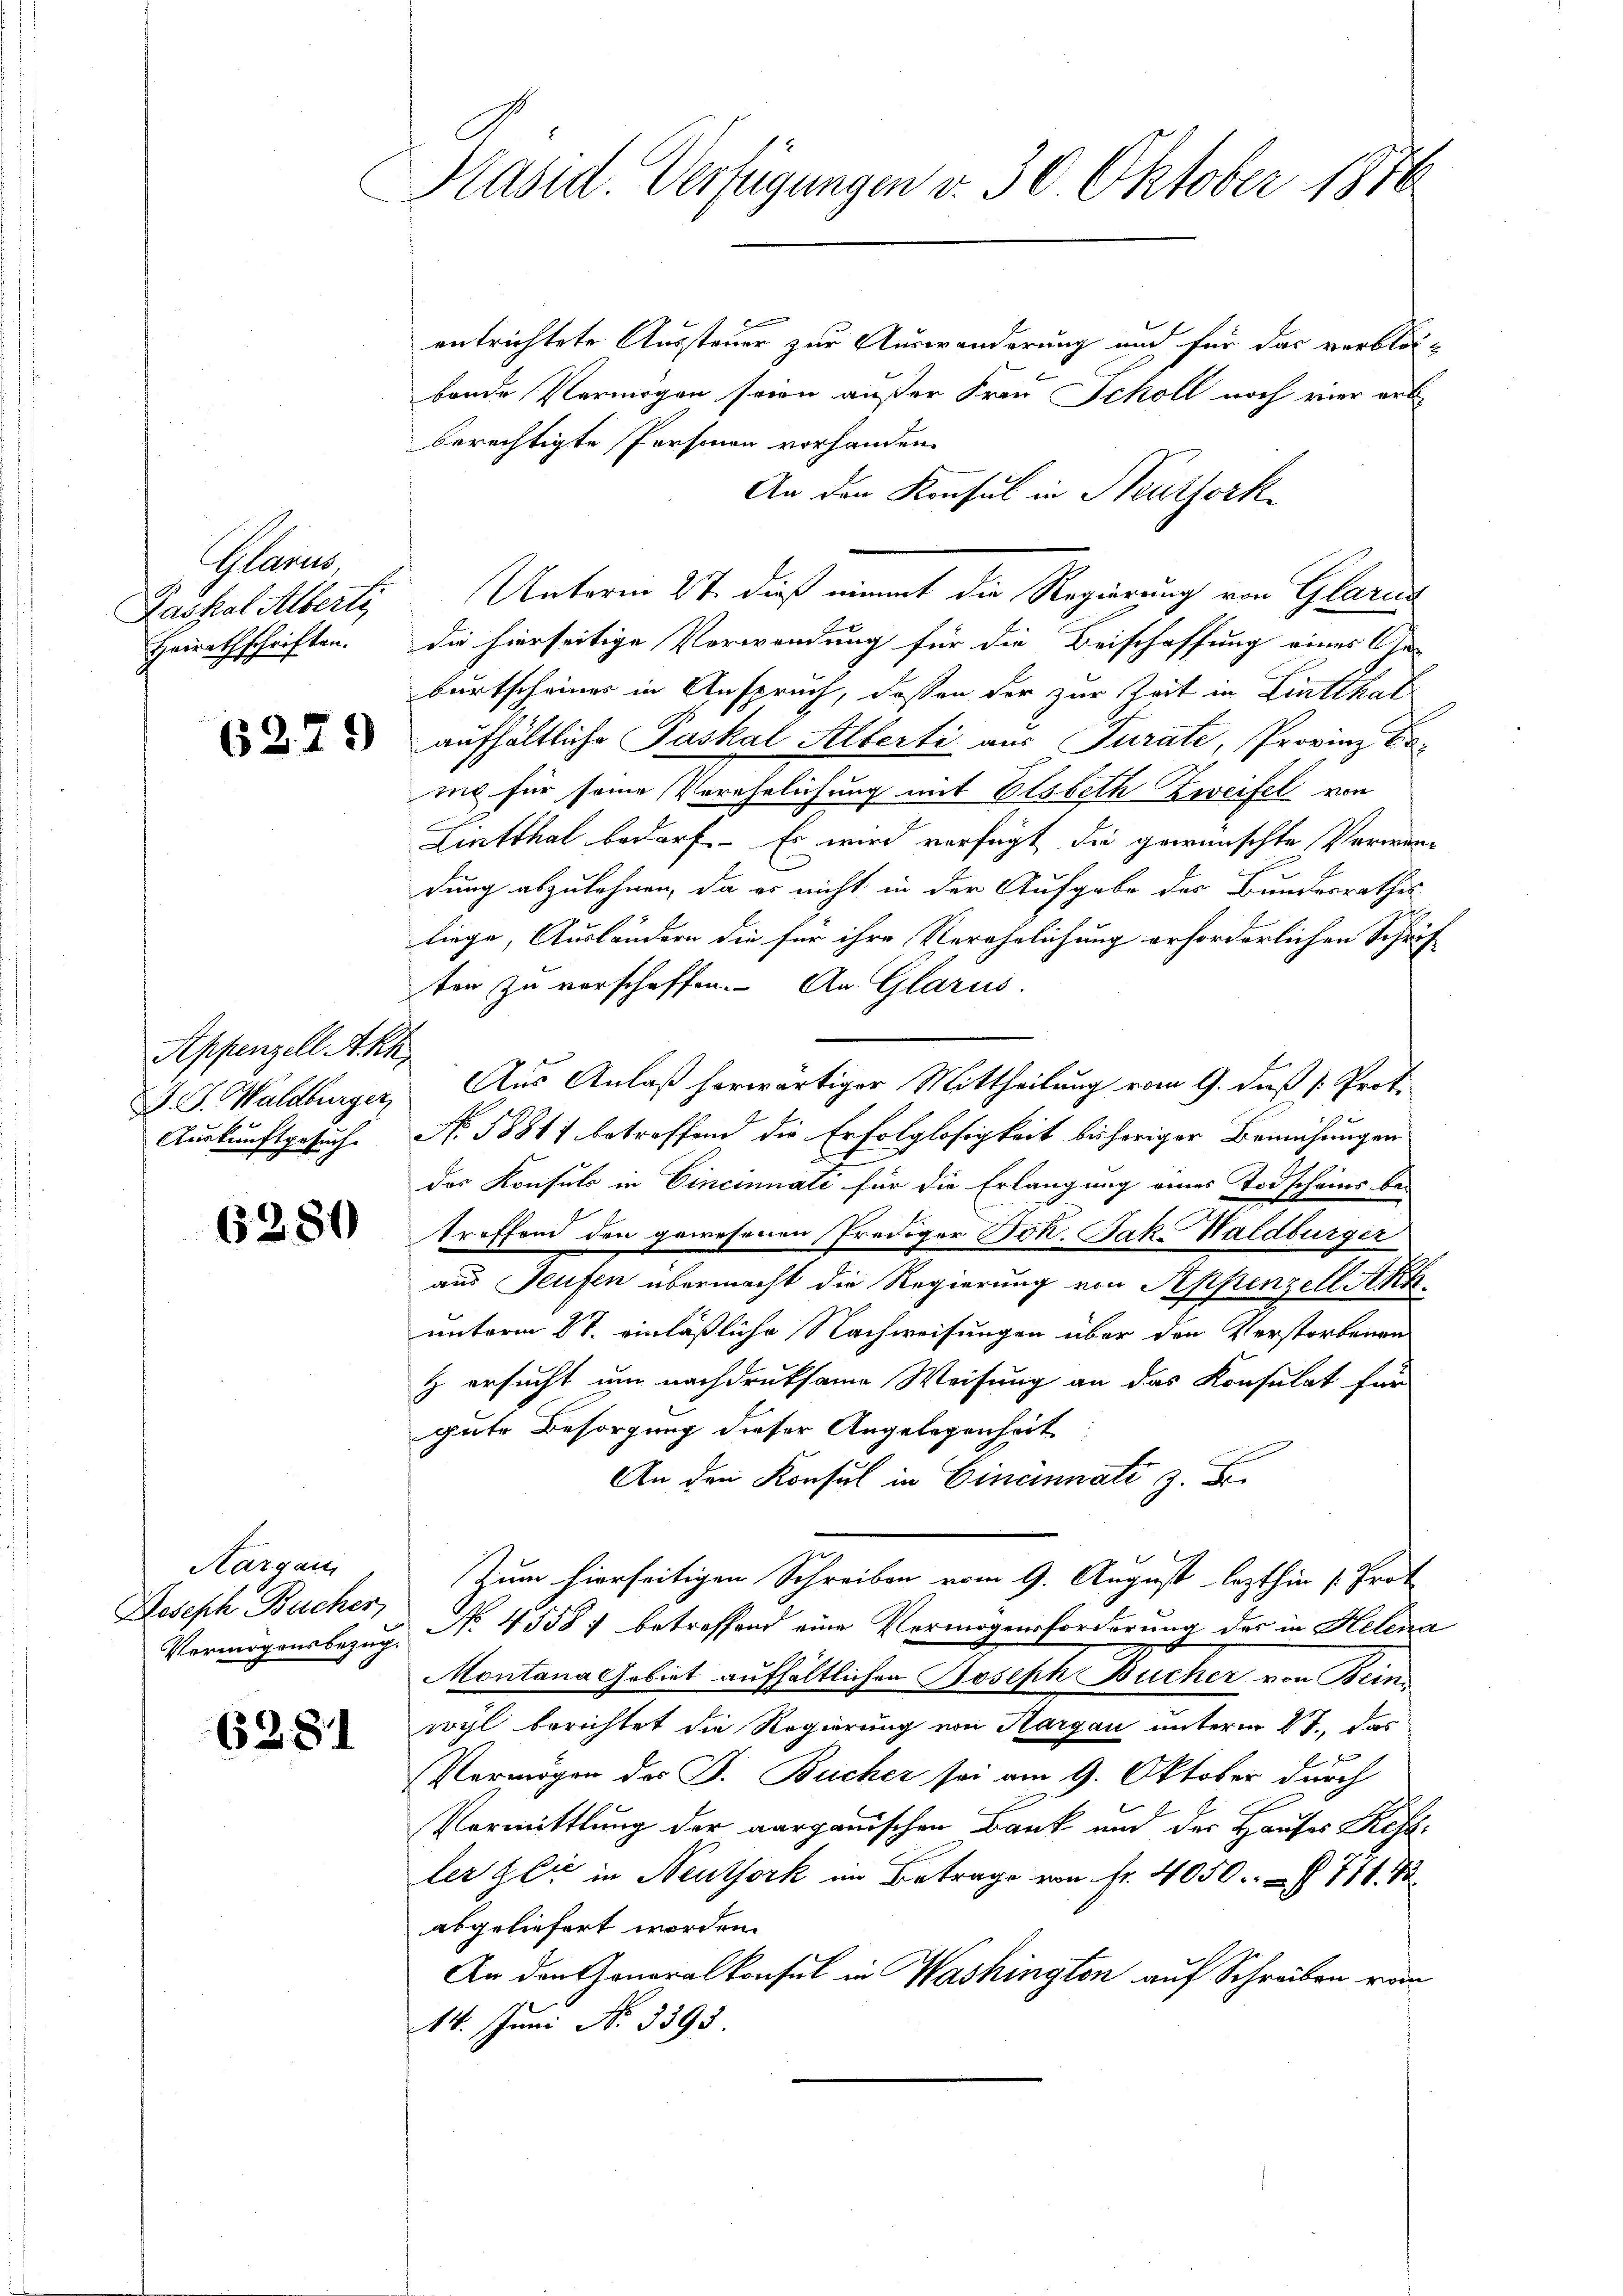
Plaren,
Gaskal Alberti
Heirathschriften.

6279

Appenzell Akh,
J. J. Waldburger

6280

Hargau
Doseph Bucher,
Vermögensbezug.

6281

Kasid. Verfügungen v. 30. Oktober 1876

entrichtete Aussteuer zur Auswanderung und für das verblos-
bende Vermögen seien außer Frau Scholl noch vier erl
berechtigte Personen vorhanden.
An den Konsul in Neuthork
die hierseitige Verwendung für die Beischaffung einer Geburtscheines in Anspruch, deßen der zur Zeit in Linthal
aufhältliche Paskal Alberti aus Turate, Provinz Er-
mo für seine Verehelichung mit Elsbeth Zweifel von
Lintthal bedarf. Es wird verfügt, die gewünschte Verwardung abzulehnen, da er nicht in der Aufgabe des Bundesrathes
liege, Ausländern die für ihre Verehelichung erforderlichen Schrif-
ten zu verschaffen. An Glarus
Aus Anlaß herwärtiger Mittheilung vom 9. daß [: Prot.
Auskunftgesuch. N. 58811 betreffend die Erfolglosigkeit bisheriger Bemühungen
des Konsuls in Cincinnati für die Erlangung eines Todscheins be-
E
treffend den gewesenen Prediger Joh. Jak. Waldbürger
aus Teufen übermacht die Regierung von Seppenzell Akk
unterm 8t. einläßliche Nachweisungen über den Verstorbenen
H ersucht um nachdruksame Weisung an das Konsulat für
gute Besorgung dieser Angelegenheit
An den Konsul in Cincinate z. Fr.
Zum hierseitigen Schreiben vom 9. August lezthin (Prot
No 4558; betreffend eine Vermögensforderung des in Helena
Montana Gebiet aufhältlichen Joseph Bücher von Bein-
wohl berichtet die Regierung von Aargau unterm 17. das
Vermögen des J. Bücher sei am 9. Oktober durch
Vermittlung der aargauischen Bank und der Hauses Refeler Gli in Neuthork im Betrage von Fr. 4050. § 771. 72
abgeliefert worden.
An den Generalkonsul in Washington auf Schreiben von
14. Juni No 3395

Unterm 27. dieß nimmt die Regierung von Glarus